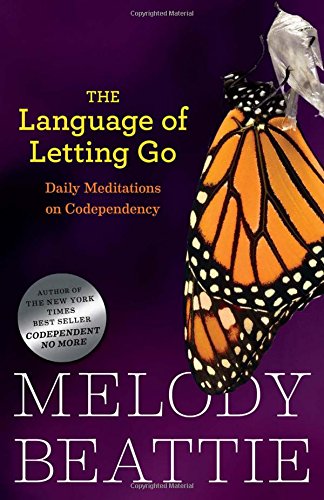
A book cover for The Language of Letting Go: Daily Meditations for Codependents (Hazelden Meditation Series); Melody Beattie; Self-Help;